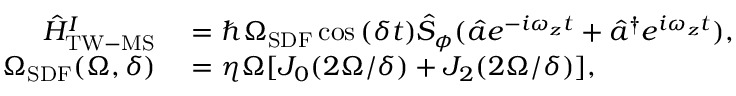
\begin{array} { r l } { \hat { H } _ { \mathrm { T W - M S } } ^ { I } } & { { } = \hbar \Omega _ { \mathrm { S D F } } \cos { ( \delta t ) } \hat { S } _ { \phi } ( \hat { a } e ^ { - i \omega _ { z } t } + \hat { a } ^ { \dagger } e ^ { i \omega _ { z } t } ) , } \\ { \Omega _ { \mathrm { S D F } } ( \Omega , \delta ) } & { { } = \eta \Omega [ J _ { 0 } ( 2 \Omega / \delta ) + J _ { 2 } ( 2 \Omega / \delta ) ] , } \end{array}